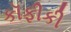
કૉફીકી